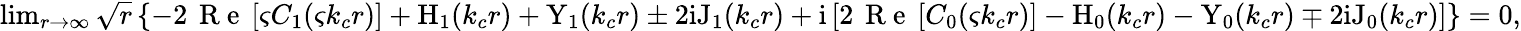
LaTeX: \begin{array}{r}{\operatorname*{lim}_{r\rightarrow\infty}\sqrt{r}\left\{ -2\, \mathrm{~R~e~}\left[\varsigma C_{1}(\varsigma k_{c}r)\right]+\mathrm{H}_{1}(k_{c}r)+\mathrm{Y}_{1}(k_{c}r)\pm 2\mathrm{i}\mathrm{J}_{1}(k_{c}r)+\mathrm{i}\left[2\, \mathrm{~R~e~}\left[C_{0}(\varsigma k_{c}r)\right]-\mathrm{H}_{0}(k_{c}r)-\mathrm{Y}_{0}(k_{c}r)\mp 2\mathrm{i}\mathrm{J}_{0}(k_{c}r)\right]\right\} =0,}\end{array}